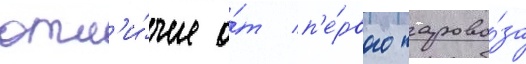
отл'и́чие о́т п'е́рвого парово́за